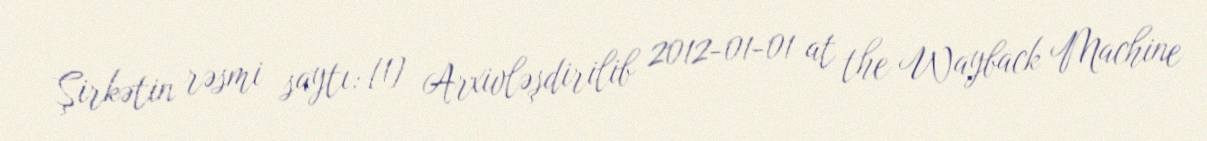
Şirkətin rəsmi saytı: [1] Arxivləşdirilib 2012-01-01 at the Wayback Machine